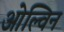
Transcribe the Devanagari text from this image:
ओल्विन